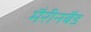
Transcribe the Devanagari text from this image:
मैरीनबैड